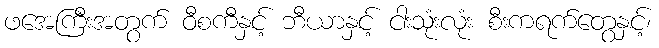
ဖအေကြီးအတွက် ဝီစကီနှင့် ဘီယာနှင့် ငါးသုံးလုံး စီးကရက်တွေနှင့်၊